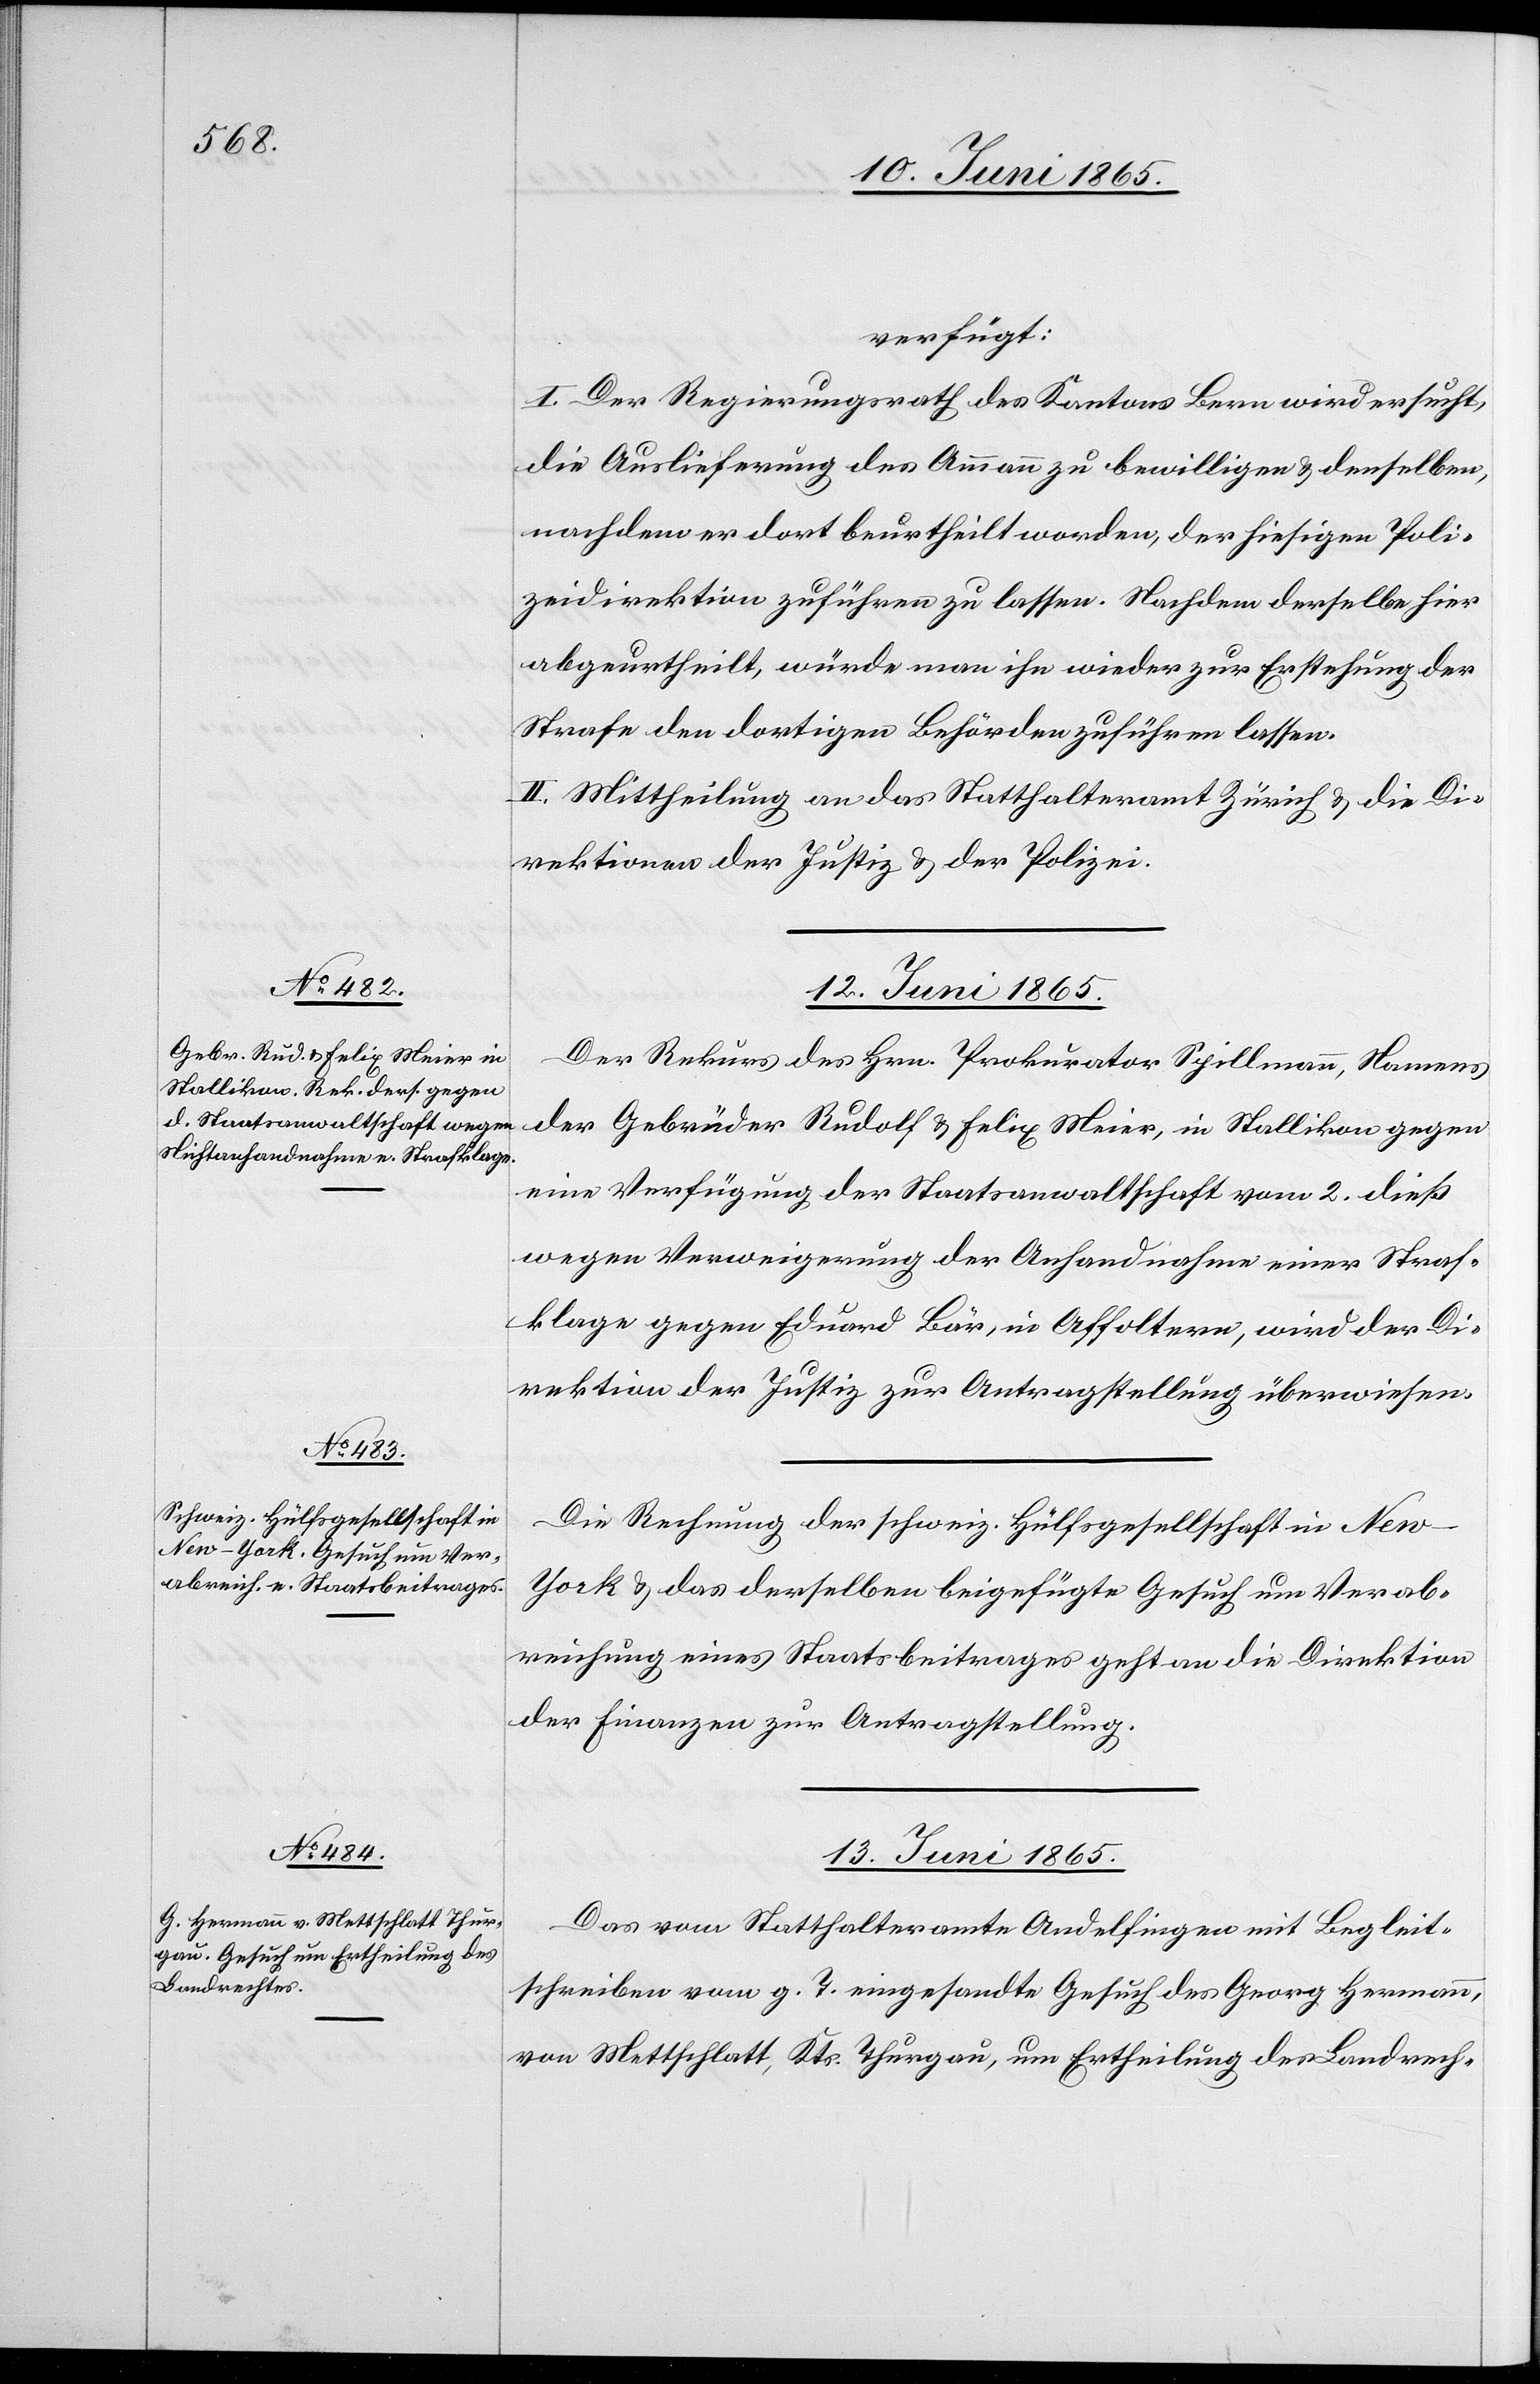
verfügt:
I. Der Regierungsrath des Kantons Bern wird ersucht,
die Auslieferung des Ammann zu bewilligen & denselben,
nachdem er dort beurtheilt worden, der hiesigen Poli¬
zeidirektion zuführen zu lassen. Nachdem derselbe hier
abgeurtheilt, würde man ihn wieder zur Erstehung der
Strafe den dortigen Behörden zuführen lassen.
II. Mittheilung an das Statthalteramt Zürich & die Di¬
rektionen der Justiz & der Polizei.
12. Juni 1865.]
Der Rekurs des Hrn. Prokurator Spillmann, Namens
der Gebrüder Rudolf & Felix Meier, in Stallikon gegen
eine Verfügung der Staatsanwaltschaft vom 2. dieß
wegen Verweigerung der Anhandnahme einer Straf¬
klage gegen Eduard Bär, in Affoltern, wird der Di¬
rektion der Justiz zur Antragstellung überwiesen.
Die Rechnung der schweiz. Hülfsgesellschaft in Ne¬
w-York & das derselben beigefügte Gesuch um Verab¬
reichung eines Staatsbeitrages geht an die Direktion
der Finanzen zur Antragstellung.
13. Juni 1865.
Das vom Statthalteramte Andelfingen mit Begleit¬
schreiben vom g. T. eingesandte Gesuch des Georg Hermann,
von Mettschlatt, Kts. Thurgau, um Ertheilung des Landrech-